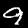
Label: 9